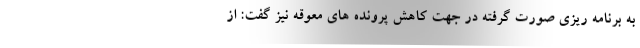
به برنامه ریزی صورت گرفته در جهت کاهش پرونده های معوقه نیز گفت: از